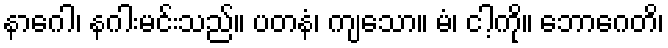
နာဂေါ၊ နဂါးမင်းသည်။ ပတနံ၊ ကျသော။ မံ၊ ငါ့ကို။ ဘောဂေတိ၊